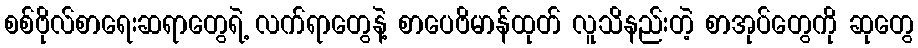
စစ်ဗိုလ်စာရေးဆရာတွေရဲ့ လက်ရာတွေနဲ့ စာပေဗိမာန်ထုတ် လူသိနည်းတဲ့ စာအုပ်တွေကို ဆုတွေ